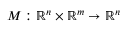
M : \mathbb { R } ^ { n } \times \mathbb { R } ^ { m } \rightarrow \mathbb { R } ^ { n }